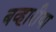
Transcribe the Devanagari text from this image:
बव्हारीया